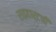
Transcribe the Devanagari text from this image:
राइहार्टची